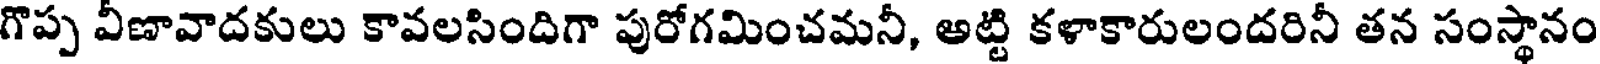
గొప్ప వీణావాదకులు కావలసిందిగా పురోగమించమనీ, అట్టి కళాకారులందరినీ తన సంస్థానం